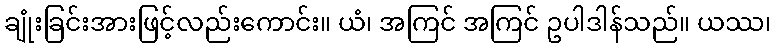
ချုံးခြင်းအားဖြင့်လည်းကောင်း။ ယံ၊ အကြင် အကြင် ဥပါဒါန်သည်။ ယဿ၊